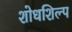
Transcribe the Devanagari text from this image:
शोधशिल्प